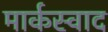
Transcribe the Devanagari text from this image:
मार्कस्वाद